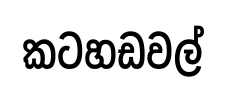
කටහඩවල්